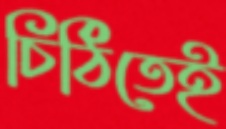
চিঠিতেই